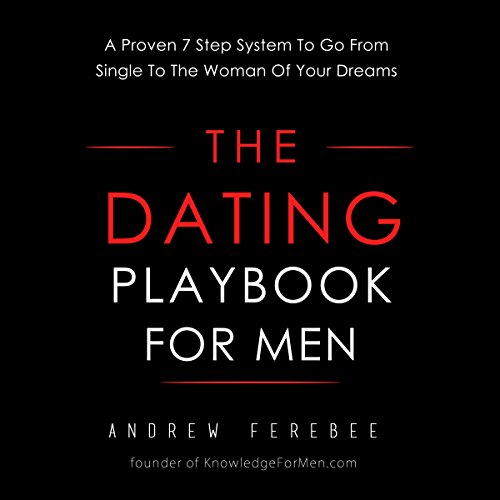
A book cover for The Dating Playbook For Men: A Proven 7 Step System To Go From Single To The Woman Of Your Dreams; Andrew Ferebee; Self-Help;